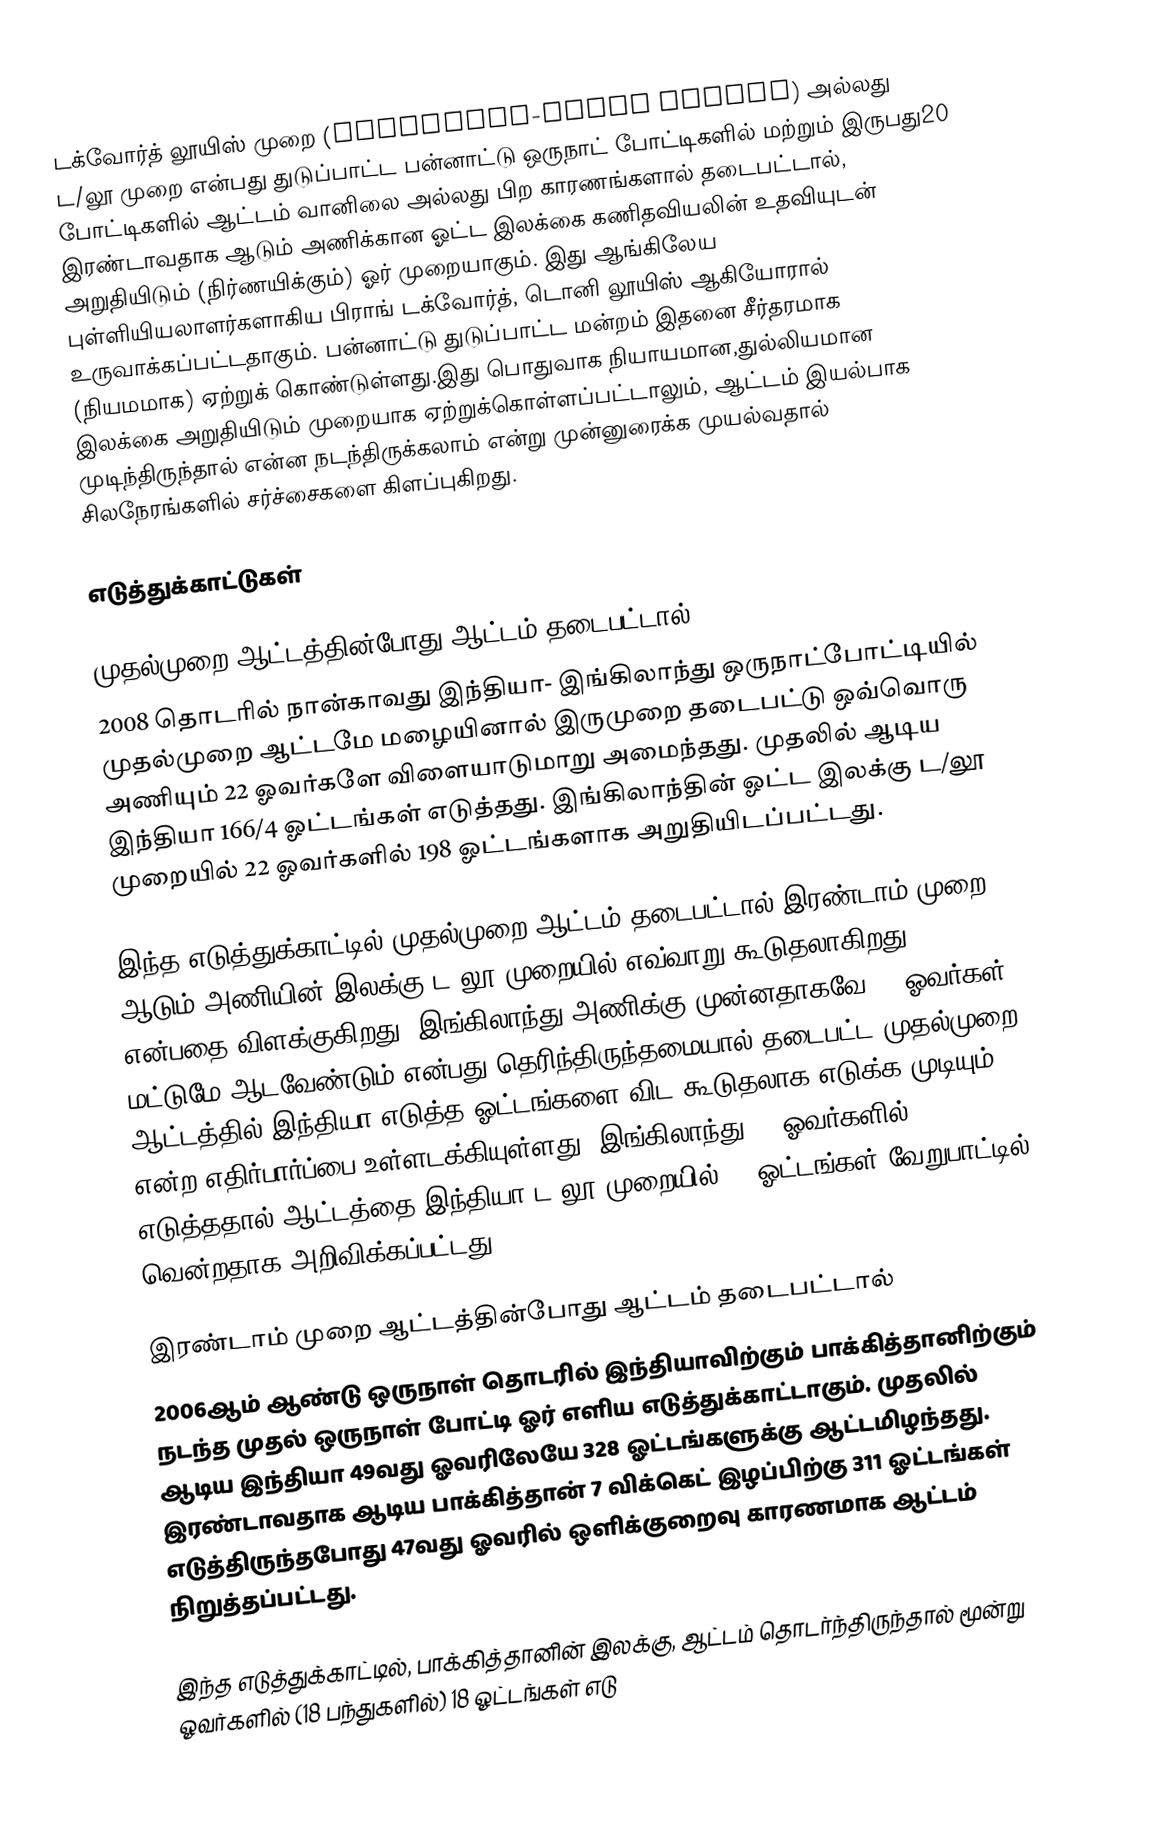
டக்வோர்த் லூயிஸ் முறை (Duckworth-Lewis method) அல்லது ட/லூ முறை என்பது துடுப்பாட்ட பன்னாட்டு ஒருநாட் போட்டிகளில் மற்றும் இருபது20 போட்டிகளில் ஆட்டம் வானிலை அல்லது பிற காரணங்களால் தடைபட்டால், இரண்டாவதாக ஆடும் அணிக்கான ஓட்ட இலக்கை கணிதவியலின் உதவியுடன் அறுதியிடும் (நிர்ணயிக்கும்) ஓர் முறையாகும். இது ஆங்கிலேய புள்ளியியலாளர்களாகிய பிராங் டக்வோர்த், டொனி லூயிஸ் ஆகியோரால் உருவாக்கப்பட்டதாகும். பன்னாட்டு துடுப்பாட்ட மன்றம் இதனை சீர்தரமாக (நியமமாக) ஏற்றுக் கொண்டுள்ளது.இது பொதுவாக நியாயமான,துல்லியமான இலக்கை அறுதியிடும் முறையாக ஏற்றுக்கொள்ளப்பட்டாலும், ஆட்டம் இயல்பாக முடிந்திருந்தால் என்ன நடந்திருக்கலாம் என்று முன்னுரைக்க முயல்வதால் சிலநேரங்களில் சர்ச்சைகளை கிளப்புகிறது.

எடுத்துக்காட்டுகள்

முதல்முறை ஆட்டத்தின்போது ஆட்டம் தடைபட்டால்
2008 தொடரில் நான்காவது இந்தியா- இங்கிலாந்து ஒருநாட்போட்டியில் முதல்முறை ஆட்டமே மழையினால் இருமுறை தடைபட்டு ஒவ்வொரு அணியும் 22 ஓவர்களே விளையாடுமாறு அமைந்தது. முதலில் ஆடிய இந்தியா 166/4 ஓட்டங்கள் எடுத்தது. இங்கிலாந்தின் ஓட்ட இலக்கு ட/லூ முறையில் 22 ஓவர்களில் 198 ஓட்டங்களாக அறுதியிடப்பட்டது.

இந்த எடுத்துக்காட்டில் முதல்முறை ஆட்டம் தடைபட்டால் இரண்டாம் முறை ஆடும் அணியின் இலக்கு ட/லூ முறையில் எவ்வாறு கூடுதலாகிறது என்பதை விளக்குகிறது. இங்கிலாந்து அணிக்கு முன்னதாகவே 22 ஓவர்கள் மட்டுமே ஆடவேண்டும் என்பது தெரிந்திருந்தமையால் தடைபட்ட முதல்முறை ஆட்டத்தில் இந்தியா எடுத்த ஓட்டங்களை விட கூடுதலாக எடுக்க முடியும் என்ற எதிர்பார்ப்பை உள்ளடக்கியுள்ளது. இங்கிலாந்து 22 ஓவர்களில் 178/8 எடுத்ததால் ஆட்டத்தை இந்தியா ட/லூ முறையில் 19 ஓட்டங்கள் வேறுபாட்டில் வென்றதாக அறிவிக்கப்பட்டது..

இரண்டாம் முறை ஆட்டத்தின்போது ஆட்டம் தடைபட்டால்
2006ஆம் ஆண்டு ஒருநாள் தொடரில் இந்தியாவிற்கும் பாக்கித்தானிற்கும் நடந்த முதல் ஒருநாள் போட்டி ஓர் எளிய எடுத்துக்காட்டாகும். முதலில் ஆடிய இந்தியா 49வது ஓவரிலேயே 328 ஓட்டங்களுக்கு ஆட்டமிழந்தது. இரண்டாவதாக ஆடிய பாக்கித்தான் 7 விக்கெட் இழப்பிற்கு 311 ஓட்டங்கள் எடுத்திருந்தபோது 47வது ஓவரில் ஒளிக்குறைவு காரணமாக ஆட்டம் நிறுத்தப்பட்டது.

இந்த எடுத்துக்காட்டில், பாக்கித்தானின் இலக்கு, ஆட்டம் தொடர்ந்திருந்தால் மூன்று ஓவர்களில் (18 பந்துகளில்) 18 ஓட்டங்கள் எடு